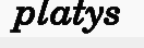
platys